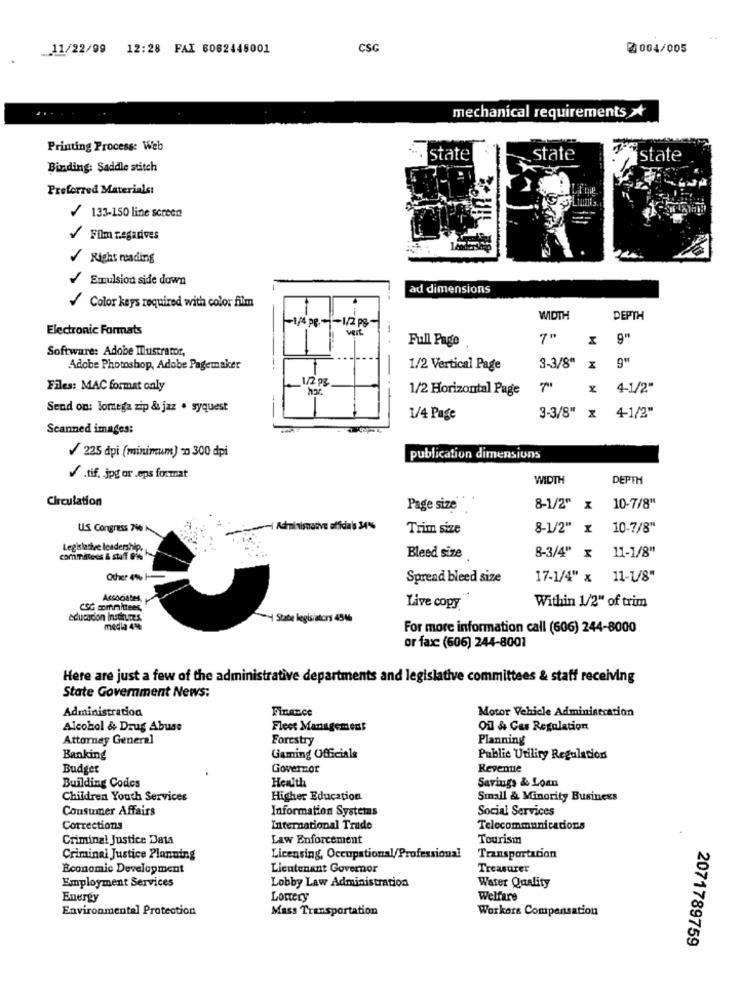
11/22/99 12:28 FAX 6082445001
CSG
0004/005
mechanical requirements >
Printing Process: Web
state
state
state
Binding: Saddle stitch
Preferred Materials:
133-150 line screen
Film negarives
Right reading
/ Emulsion side down
ad dimensions
Color keys required with color film
-1/4 pe .- - 1/2 PS-
WIDTH
DEPTH
Electronic Formats
Full Page
M
9"
Software: Adobe Illustrator,
Adobe Photoshop, Adobe Pagemaker
1/2 Vertical Page
3-3/8" x
1/2 02
Files: MAC format only
1/2 Horizontal Page
4-1/2"
Send on: Iomega zip & jaz . syquest
1/4 Page
3-3/8" x 4-1/2"
Scanned images:
/ 225 dpi (minimum) - 300 dpi
publication dimensions
/.tif. jpg or eps format
WIDTH
DEPTH
Circulation
Page size
8-1/2" x
10-7/8"
US Congress 796 A
-i Administrative affidalas 34%
Trim size
8-1/2" x
10-7/8"
Legislative leadership,
committees & staff 9%
Bleed size
8-3/4" x 11-1/8"
Other 4%%
Spread bleed size
17-1/4" x 11-1/8"
CSG committees,
Live copy
Within 1/2" of trim
educacion institutes.
- Stabe legisistors 4546
media 4%%
For more information call (606) 244-8000
or fax: (606) 244-8001
Here are just a few of the administrative departments and legislative committees & staff receiving
State Goverment News:
Administration
Finance
Motor Vehicle Administration
Alcohol & Drug Abuse
Fleet Management
01 & Cas Regulation
Attorney General
Forestry
Planning
Banking
Gaming Officials
Public Utility Regulation
Budget
Governor
Revenue
Health
Savings & Loan
Building Codes
Children Youth Services
Higher Education
Small & Minority Business
Consumer Affairs
Information Systems
Social Services
Corrections
International Trade
Telecommunications
Criminal Justice Data
Law Enforcement
Tourism
Criminal Justice Planning
Licensing, Occupational/Professional
Transportation
Economic Development
Lieutenant Governor
Treasurer
Water Quality
Employment Services
Lobby Law Administration
Energy
Lottery
Welfare
Environmental Protection
Mass Transportation
Workers Compensation
2071789759